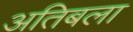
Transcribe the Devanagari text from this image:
अतिबला